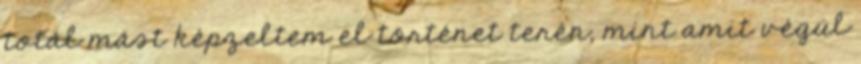
totál mást képzeltem el történet terén, mint amit végül